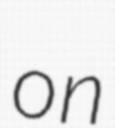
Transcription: on